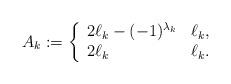
LaTeX: \begin{align*}A_k := \left\{\begin{array}{ll}2\ell_k - (-1)^{\lambda_k} & \ell_k ,\\2\ell_k & \ell_k .\end{array} \right.\end{align*}